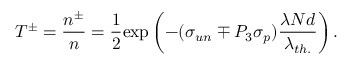
T ^ { \pm } = { \frac { n ^ { \pm } } { n } } = { \frac { 1 } { 2 } } \mathrm { e x p } \left( - ( \sigma _ { u n } \mp P _ { 3 } \sigma _ { p } ) { \frac { \lambda N d } { \lambda _ { t h . } } } \right) .